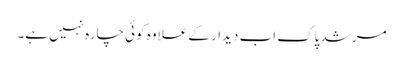
مرشد پاک اب دیدار کے علاوہ کوئی چارہ نہیں ہے۔